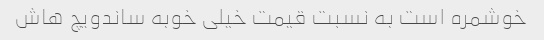
خوشمره است به نسبت قیمت خیلی خوبه ساندویچ هاش